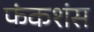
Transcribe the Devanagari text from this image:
फंकशंस